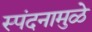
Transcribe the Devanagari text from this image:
स्पंदनामुळे